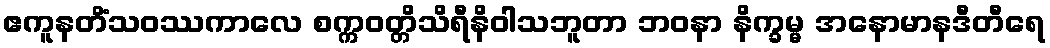
ဧကူနတိံသဝဿကာလေ စက္ကဝတ္တိသိရီနိဝါသဘူတာ ဘဝနာ နိက္ခမ္မ အနောမာနဒီတီရေ